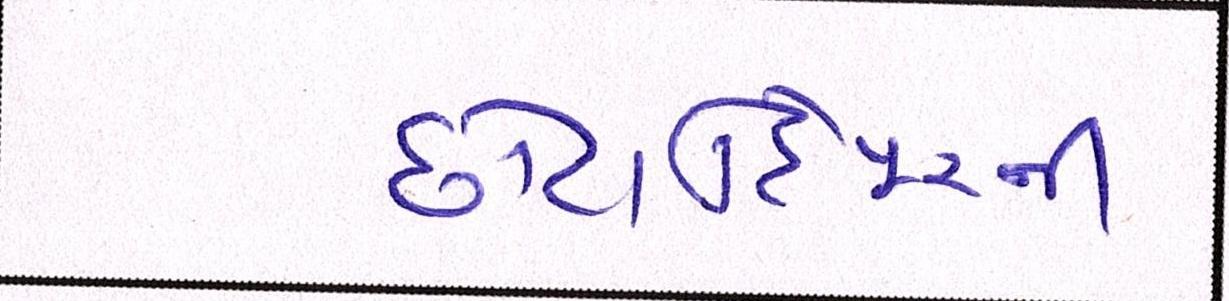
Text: છોટાઉદેપુરની